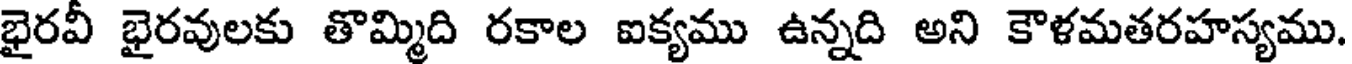
భైరవీ భైరవులకు తొమ్మిది రకాల ఐక్యము ఉన్నది అని కౌళమతరహస్యము.